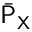
\bar { \mathsf { P } } _ { \mathsf { X } }